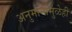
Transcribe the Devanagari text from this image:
अनुमानामुळेही